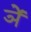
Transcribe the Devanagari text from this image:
ञें